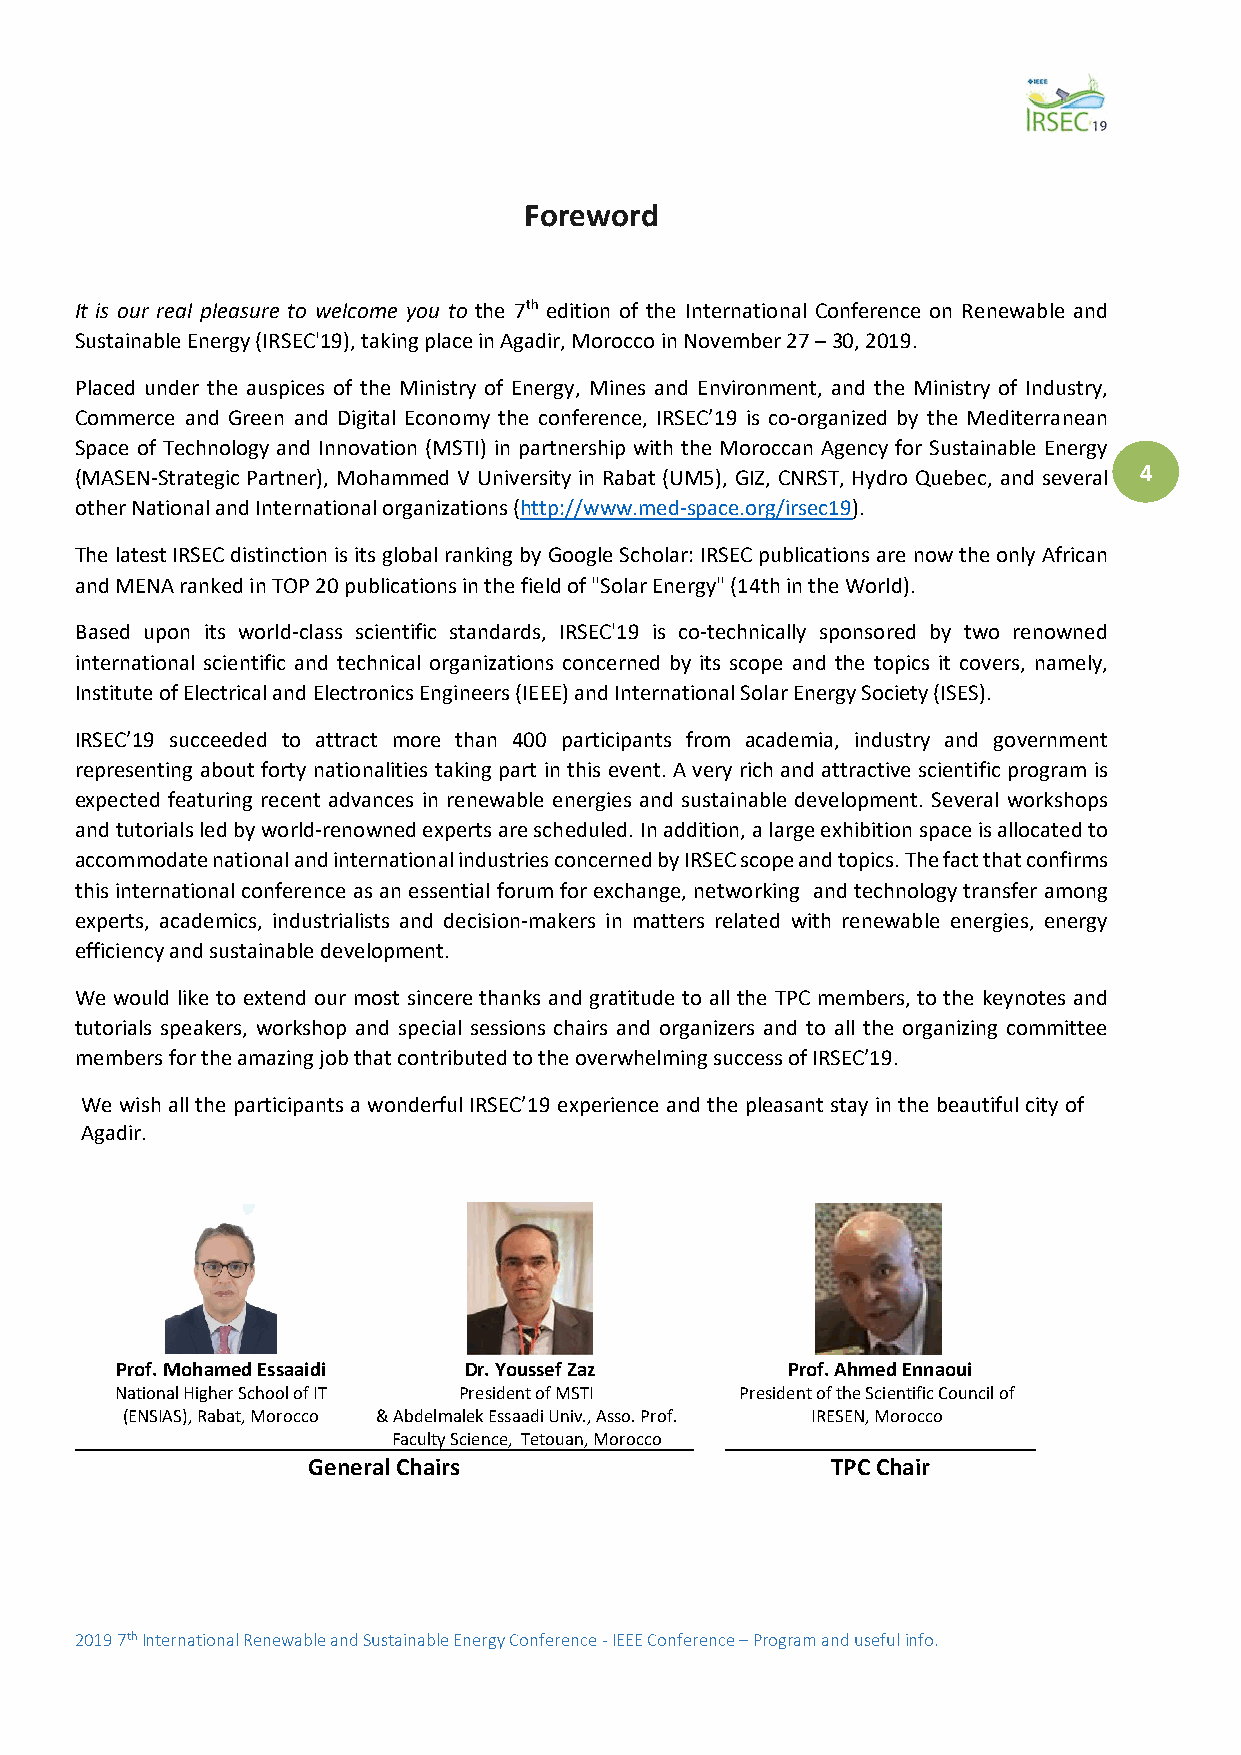
Foreword
 It is our real pleasure to welcome you to the 7th edition of the International Conference on Renewable and
 Sustainable Energy (IRSEC'19), taking place in Agadir, Morocco in November 27 – 30, 2019.
 Placed under the auspices of the Ministry of Energy, Mines and Environment, and the Ministry of Industry,
 Commerce and Green and Digital Economy the conference, IRSEC’19 is co-organized by the Mediterranean
 Space of Technology and Innovation (MSTI) in partnership with the Moroccan Agency for Sustainable Energy
 (MASEN-Strategic Partner), Mohammed V University in Rabat (UM5), GIZ, CNRST, Hydro Quebec, and several 4
 other National and International organizations (http://www.med-space.org/irsec19).
 The latest IRSEC distinction is its global ranking by Google Scholar: IRSEC publications are now the only African
 and MENA ranked in TOP 20 publications in the field of "Solar Energy" (14th in the World).
 Based upon its world-class scientific standards, IRSEC'19 is co-technically sponsored by two renowned
 international scientific and technical organizations concerned by its scope and the topics it covers, namely,
 Institute of Electrical and Electronics Engineers (IEEE) and International Solar Energy Society (ISES).
 IRSEC’19 succeeded to attract more than 400 participants from academia, industry and government
 representing about forty nationalities taking part in this event. A very rich and attractive scientific program is
 expected featuring recent advances in renewable energies and sustainable development. Several workshops
 and tutorials led by world-renowned experts are scheduled. In addition, a large exhibition space is allocated to
 accommodate national and international industries concerned by IRSEC scope and topics. The fact that confirms
 this international conference as an essential forum for exchange, networking and technology transfer among
 experts, academics, industrialists and decision-makers in matters related with renewable energies, energy
 efficiency and sustainable development.
 We would like to extend our most sincere thanks and gratitude to all the TPC members, to the keynotes and
 tutorials speakers, workshop and special sessions chairs and organizers and to all the organizing committee
 members for the amazing job that contributed to the overwhelming success of IRSEC’19.
 We wish all the participants a wonderful IRSEC’19 experience and the pleasant stay in the beautiful city of
 Agadir.
 Prof. Mohamed Essaaidi Dr. Youssef Zaz      Prof. Ahmed Ennaoui
 National Higher School of IT President of MSTI President of the Scientific Council of
 (ENSIAS), Rabat, Morocco & Abdelmalek Essaadi Univ., Asso. Prof. IRESEN, Morocco
 Faculty Science, Tetouan, Morocco
 General Chairs                     TPC Chair
 2019 7th International Renewable and Sustainable Energy Conference - IEEE Conference – Program and useful info.